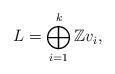
LaTeX: \begin{align*}L=\bigoplus_{i=1}^{k}\mathbb{Z}v_{i}, \end{align*}